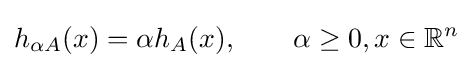
h_{\alpha A}(x)=\alpha h_{A}(x),\qquad \alpha \geq 0,x\in \mathbb {R} ^{n}